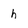
Character: h